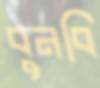
বুনবি